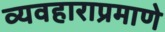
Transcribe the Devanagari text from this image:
व्यवहाराप्रमाणे